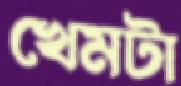
খেমটা